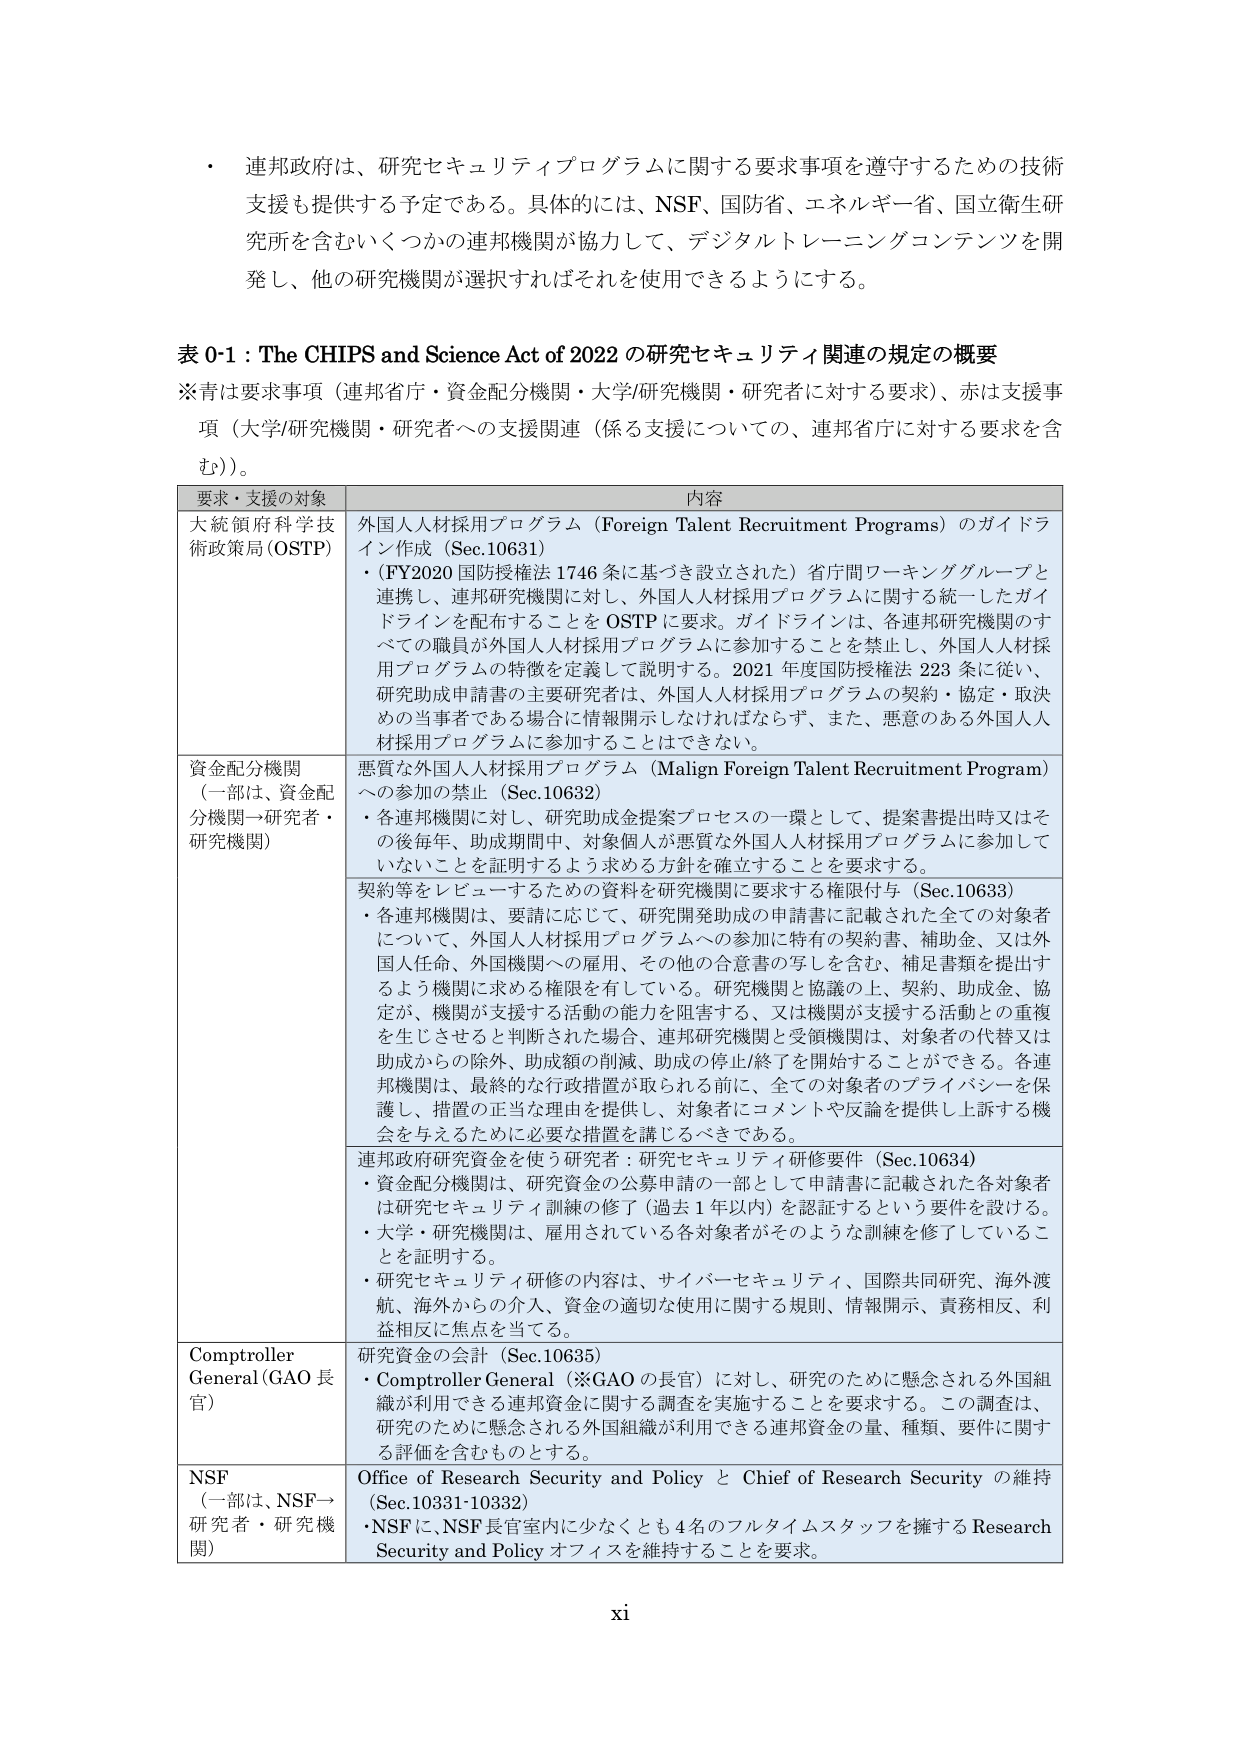
・ 連邦政府は、研究セキュリティプログラムに関する要求事項を遵守するための技術支援も提供する予定である。具体的には、NSF、国防省、エネルギー省、国立衛生研究所を含むいくつかの連邦機関が協力して、デジタルトレーニングコンテンツを開発し、他の研究機関が選択すればそれを使用できるようにする。

表 0-1：The CHIPS and Science Act of 2022 の研究セキュリティ関連の規定の概要
※青は要求事項（連邦省庁・資金配分機関・大学/研究機関・研究者に対する要求）、赤は支援事項（大学/研究機関・研究者への支援関連（係る支援についての、連邦省庁に対する要求を含む））。

要求・支援の対象 内容
大統領府科学技術政策局（OSTP） 外国人人材採用プログラム（Foreign Talent Recruitment Programs）のガイドライン作成（Sec.10631）
・（FY2020 国防授権法 1746 条に基づき設立された）省庁間ワーキンググループと連携し、連邦研究機関に対し、外国人人材採用プログラムに関する統一したガイドラインを配布することを OSTP に要求。ガイドラインは、各連邦研究機関のすべての職員が外国人人材採用プログラムに参加することを禁止し、外国人人材採用プログラムの特徴を定義して説明する。2021 年度国防授権法 223 条に従い、研究助成申請書の主要研究者は、外国人人材採用プログラムの契約・協定・取決めの当事者である場合に情報開示しなければならず、また、悪意のある外国人人材採用プログラムに参加することはできない。

資金配分機関 （一部は、資金配分機関→研究者・研究機関） 悪質な外国人人材採用プログラム（Malign Foreign Talent Recruitment Program）への参加の禁止（Sec.10632）
・各連邦機関に対し、研究助成金提案プロセスの一環として、提案書提出時又はその後毎年、助成期間中、対象個人が悪質な外国人人材採用プログラムに参加していないことを証明するよう求める方針を確立することを要求する。

契約等をレビューするための資料を研究機関に要求する権限付与（Sec.10633）
・各連邦機関は、要請に応じて、研究開発助成の申請書に記載された全ての対象者について、外国人人材採用プログラムへの参加に特有の契約書、補助金、又は外国人任命、外国機関への雇用、その他の合意書の写しを含む、補足書類を提出するよう機関に求める権限を有している。研究機関と協議の上、契約、助成金、協定が、機関が支援する活動の能力を阻害する、又は機関が支援する活動との重複を生じさせると判断された場合、連邦研究機関と受領機関は、対象者の代替又は助成からの除外、助成額の削減、助成の停止/終了を開始することができる。各連邦機関は、最終的な行政措置が取られる前に、全ての対象者のプライバシーを保護し、措置の正当な理由を提供し、対象者にコメントや反論を提供し上訴する機会を与えるために必要な措置を講じるべきである。

連邦政府研究資金を使う研究者：研究セキュリティ研修要件（Sec.10634）
・資金配分機関は、研究資金の公募申請の一部として申請書に記載された各対象者は研究セキュリティ訓練の修了（過去 1 年以内）を認証するという要件を設ける。
・大学・研究機関は、雇用されている各対象者がそのような訓練を修了していることを証明する。
・研究セキュリティ研修の内容は、サイバーセキュリティ、国際共同研究、海外渡航、海外からの介入、資金の適切な使用に関する規則、情報開示、責務相反、利益相反に焦点を当てる。

Comptroller General（GAO 長官） 研究資金の会計（Sec.10635）
・Comptroller General（※GAO の長官）に対し、研究のために懸念される外国組織が利用できる連邦資金に関する調査を実施することを要求する。この調査は、研究のために懸念される外国組織が利用できる連邦資金の量、種類、要件に関する評価を含むものとする。

NSF （一部は、NSF→研究者・研究機関） Office of Research Security and Policy と Chief of Research Security の維持（Sec.10331-10332）
・NSF に、NSF 長官室内に少なくとも 4 名のフルタイムスタッフを擁する Research Security and Policy オフィスを維持することを要求。

xi